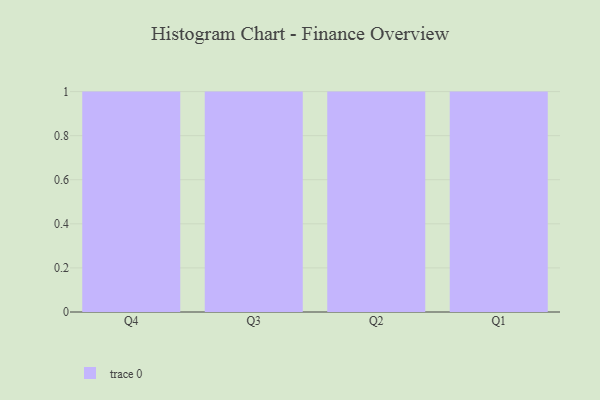
{"axis": {"x": "Quarter", "y": "Humidity (%)"}, "legend": [""], "data": [{"x": "Q4", "y": 69, "type": ""}, {"x": "Q3", "y": 13, "type": ""}, {"x": "Q2", "y": 78, "type": ""}, {"x": "Q1", "y": 4, "type": ""}]}